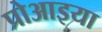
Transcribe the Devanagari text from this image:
प्रोआइया